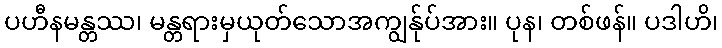
ပဟီနမန္တဿ၊ မန္တရားမှယုတ်သောအကျွန်ုပ်အား။ ပုန၊ တစ်ဖန်။ ပဒါဟိ၊